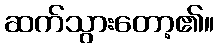
ဆက်သွားတော့၏။